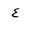
Letter: _ayn